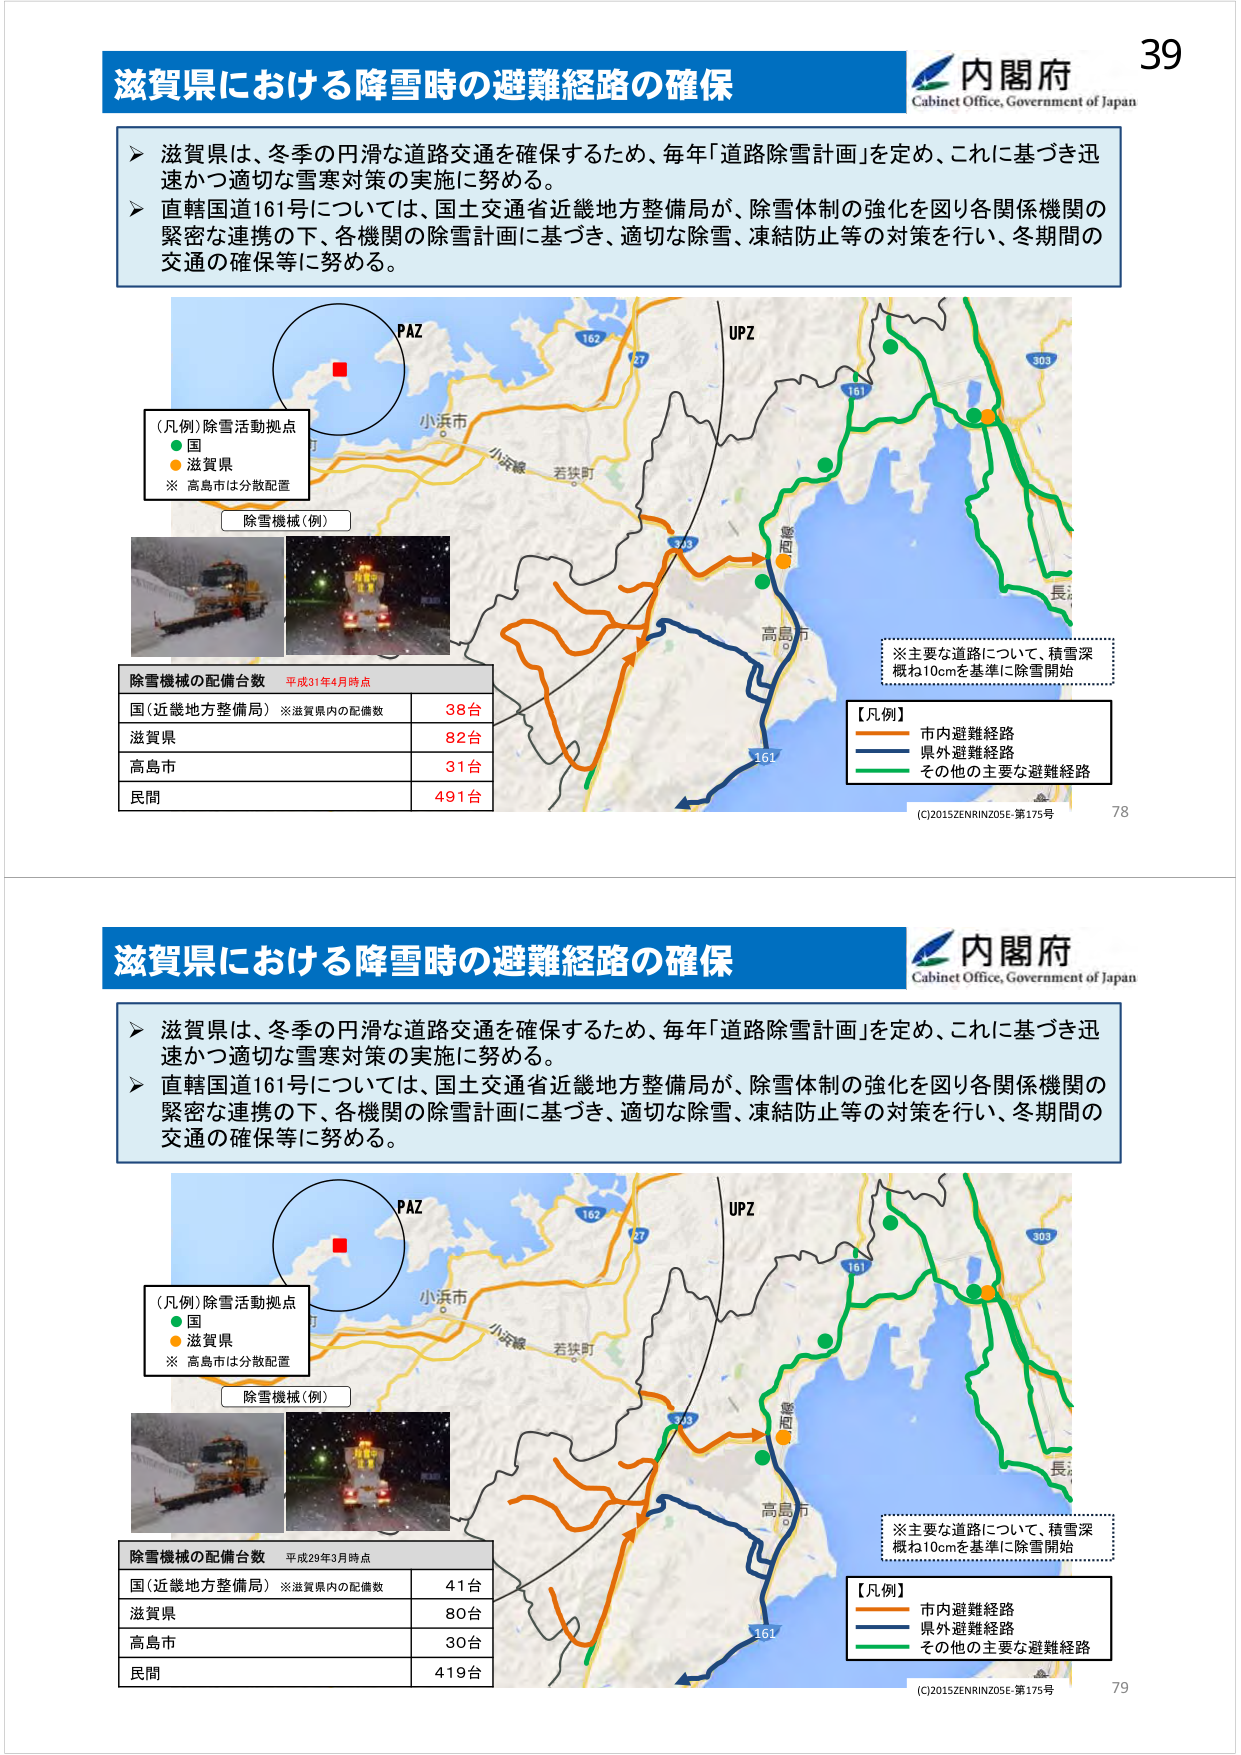
滋賀県における降雪時の避難経路の確保
内閣府
Cabinet Office, Government of Japan
39
➤ 滋賀県は、冬季の円滑な道路交通を確保するため、毎年「道路除雪計画」を定め、これに基づき迅速かつ適切な雪寒対策の実施に努める。
➤ 直轄国道161号については、国土交通省近畿地方整備局が、除雪体制の強化を図り各関係機関の緊密な連携の下、各機関の除雪計画に基づき、適切な除雪、凍結防止等の対策を行い、冬期間の交通の確保等に努める。
PAZ
UPZ
162
37
161
303
小浜市
小浜線
若狭町
高島市
161
161
長浜
（凡例）除雪活動拠点
● 国
● 滋賀県
※ 高島市は分散配置
除雪機械（例）
除雪機械の配備台数 平成31年4月時点
国（近畿地方整備局） ※滋賀県内の配備数 38台
滋賀県 82台
高島市 31台
民間 491台
※主要な道路について、積雪深概ね10cmを基準に除雪開始
【凡例】
市内避難経路
県外避難経路
その他の主要な避難経路
(C)2015ZENRINZ05E-第175号 78
滋賀県における降雪時の避難経路の確保
内閣府
Cabinet Office, Government of Japan
➤ 滋賀県は、冬季の円滑な道路交通を確保するため、毎年「道路除雪計画」を定め、これに基づき迅速かつ適切な雪寒対策の実施に努める。
➤ 直轄国道161号については、国土交通省近畿地方整備局が、除雪体制の強化を図り各関係機関の緊密な連携の下、各機関の除雪計画に基づき、適切な除雪、凍結防止等の対策を行い、冬期間の交通の確保等に努める。
PAZ
UPZ
162
37
161
303
小浜市
小浜線
若狭町
高島市
161
161
長浜
（凡例）除雪活動拠点
● 国
● 滋賀県
※ 高島市は分散配置
除雪機械（例）
除雪機械の配備台数 平成29年3月時点
国（近畿地方整備局） ※滋賀県内の配備数 41台
滋賀県 80台
高島市 30台
民間 419台
※主要な道路について、積雪深概ね10cmを基準に除雪開始
【凡例】
市内避難経路
県外避難経路
その他の主要な避難経路
(C)2015ZENRINZ05E-第175号 79